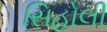
સિહોલી